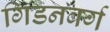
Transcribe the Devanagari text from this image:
गिडनबर्ग